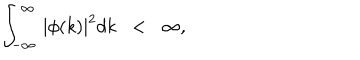
\int _ { - \infty } ^ { \infty } \, | \phi ( k ) | ^ { 2 } d k \; \; < \; \; \infty ,